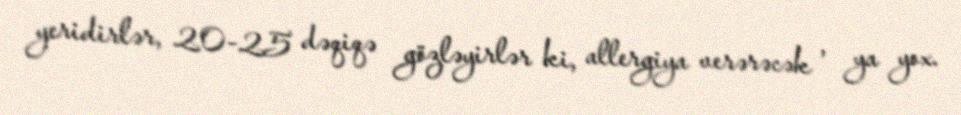
yeridirlər, 20-25 dəqiqə gözləyirlər ki, allergiya verərəcək , ya yox.